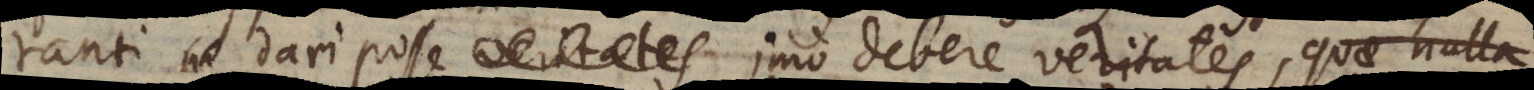
ranti dari posse veritates imo debere veritates, quae nulla